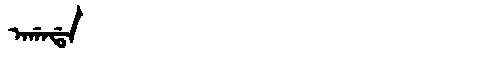
Manchu: ᠠᡤᠠᡩᠠ
Romanization: AGADA